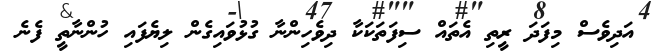
އަދިވެސް މިފަދަ ރީތި އެތައް ސިފަތަކަކާ ދިވެހިންނާ ގުޅުވައިގެން ލިޔެފައި ހުންނާތީ ފެނެ